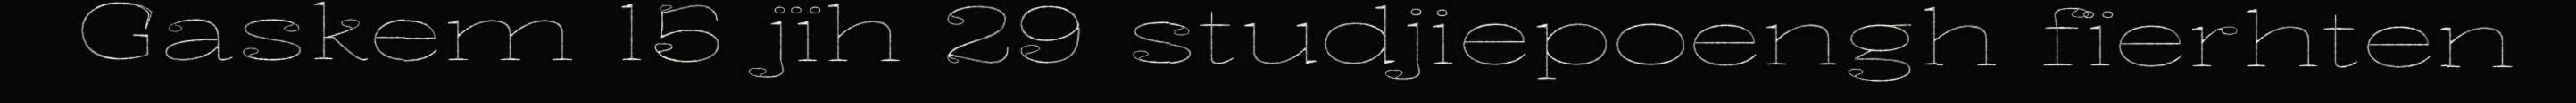
Gaskem 15 jïh 29 studjiepoengh fïerhten